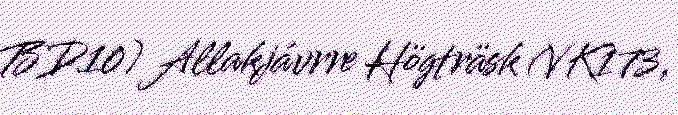
BD10) Allakjávrre Högträsk (VK173,